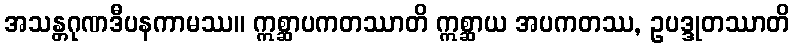
အသန္တဂုဏဒီပနကာမဿ။ ဣစ္ဆာပကတဿာတိ ဣစ္ဆာယ အပကတဿ, ဥပဒ္ဒုတဿာတိ